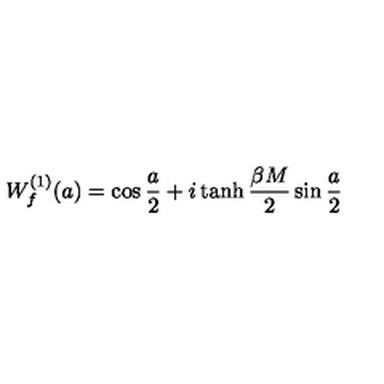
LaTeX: W _ { f } ^ { ( 1 ) } ( a ) = \cos { \frac { a } { 2 } } + i \tanh { \frac { \beta M } { 2 } } \sin { \frac { a } { 2 } }